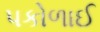
પકોળાઈ